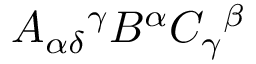
A _ { \alpha \delta } { } ^ { \gamma } B ^ { \alpha } C _ { \gamma } { } ^ { \beta }